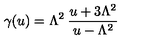
\gamma ( u ) = \Lambda ^ { 2 } \: \frac { u + 3 \Lambda ^ { 2 } } { u - \Lambda ^ { 2 } }